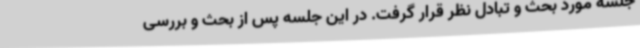
جلسه مورد بحث و تبادل نظر قرار گرفت. در این جلسه پس از بحث و بررسی